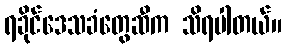
ရခိုင်ဒေသခံတွေဆီက သိရပါတယ်။